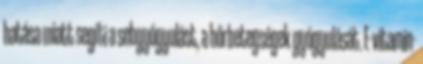
hatása miatt segíti a sebgyógyulást, a bőrbetegségek gyógyulását. E-vitamin-